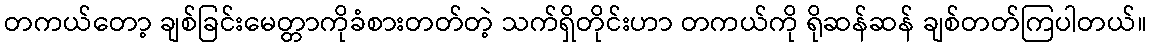
တကယ်တော့ ချစ်ခြင်းမေတ္တာကိုခံစားတတ်တဲ့ သက်ရှိတိုင်းဟာ တကယ်ကို ရိုဆန်ဆန် ချစ်တတ်ကြပါတယ်။